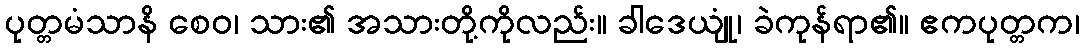
ပုတ္တမံသာနိ စေဝ၊ သား၏ အသားတို့ကိုလည်း။ ခါဒေယျုံ၊ ခဲကုန်ရာ၏။ ဧကပုတ္တက၊